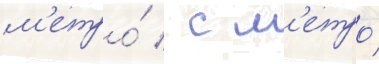
м'етро́ / с м'етро́